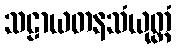
သဠာယတနသံယုတ္တံ